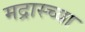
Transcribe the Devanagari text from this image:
मद्रास्च्या